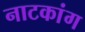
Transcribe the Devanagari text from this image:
नाटकांग